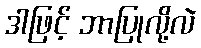
ဒါဖြင့် ဘာပြုလို့လဲ